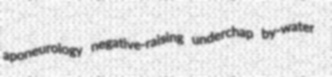
aponeurology negative-raising underchap by-water